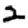
Digit: 2